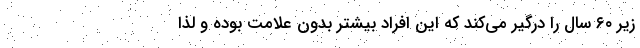
زیر ۶۰ سال را درگیر می‌کند که این افراد بیشتر بدون علامت بوده و لذا